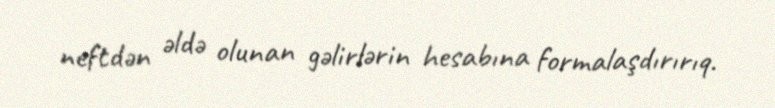
neftdən əldə olunan gəlirlərin hesabına formalaşdırırıq.